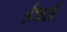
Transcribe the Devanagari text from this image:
ईथर्स